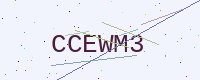
Text: CCEWM3